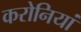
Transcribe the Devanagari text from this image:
करोनियां